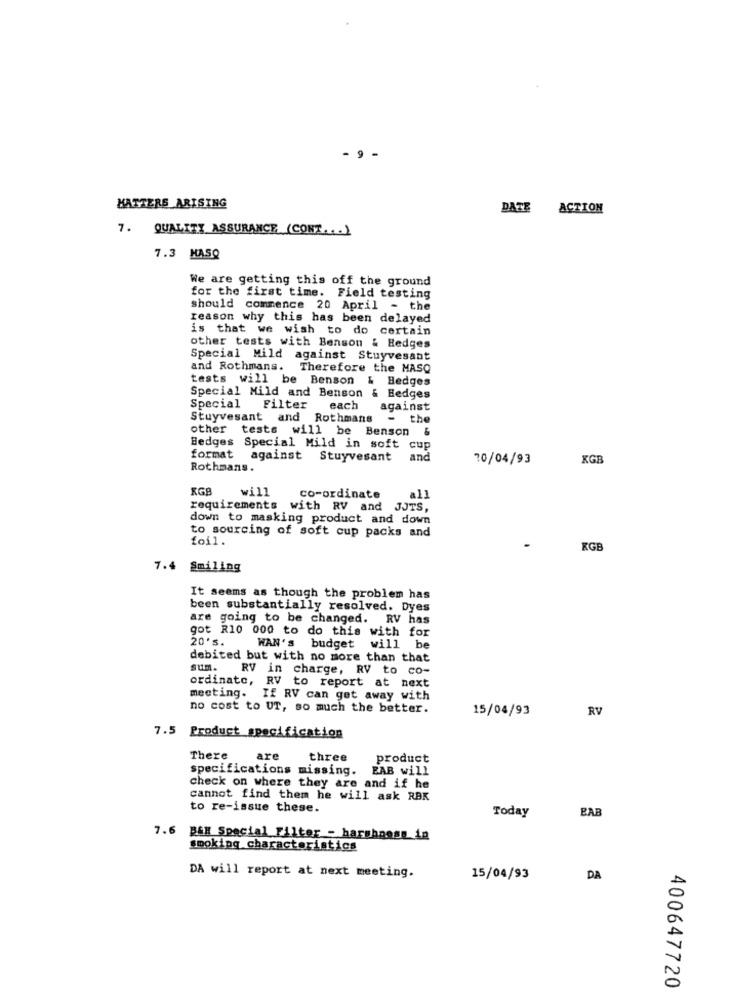
- 9 -
HATTERS ARISING
DATE ACTION
7. QUALITY ASSURANCE (CONT ... )
7.3 HASQ
We are getting this off the ground
for the first time. Field testing
should commence 20 April - the
reason why this has been delayed
is that we wish to do certain
other tests with Benson & Hedges
Special Mild against Stuyvesant
and Rothmans. Therefore the MASQ
tests will be Benson & Hedges
Special Mild and Benson & Hedges
Special Filter
each against
Stuyvesant and Rothmans - the
other tests will be Benson &
Bedges Special Mild in soft cup
format against Stuyvesant
and
70/04/93
KGB
Rothmans.
RGB
will
co-ordinate
all
requirements with RV and JJTS,
down to masking product and down
to sourcing of soft cup packs and
foil.
KGB
7.4 Smiling
It seems as though the problem has
been substantially resolved. Dyes
are going to be changed. RV has
20's.
got R10 000 to do this with for
WAN's budget will be
debited but with no more than that
sum.
RV in charge, RV to co-
ordinato, RV to report at next
meeting. If RV can get away with
no cost to UT, so much the better.
15/04/93
RV
7.5 Product specification
There
are
three
product
specifications missing.
EAB will
check on where they are and if he
cannot find them he will ask RBK
to re-issue these.
EAB
Today
7.6 B&B Special Filter - harshaoss in
smoking characteristics
DA will report at next meeting.
15/04/93
DA
400647720